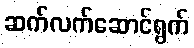
ဆက်လက်ဆောင်ရွက်